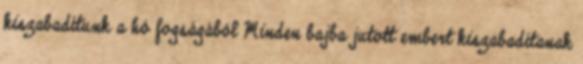
kiszabadítunk a hó fogságából Minden bajba jutott embert kiszabadítanak